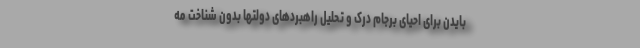
بایدن برای احیای برجام درک و تحلیل راهبردهای دولتها بدون شناخت مه